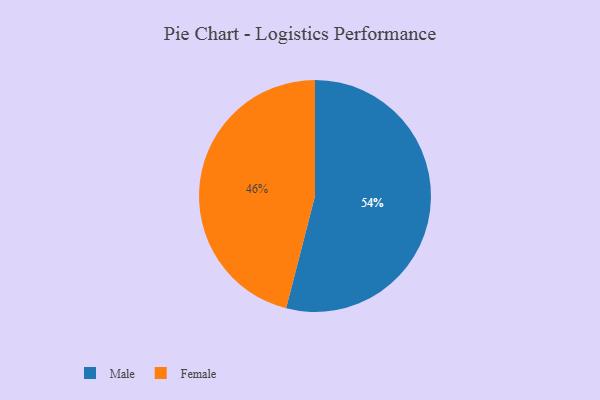
{"axis": {"x": "Category", "y": "Percentage"}, "legend": ["Female", "Male"], "data": [{"x": "Female", "y": 46, "type": "Female"}, {"x": "Male", "y": 54, "type": "Male"}]}